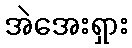
အဲအေးရှား